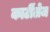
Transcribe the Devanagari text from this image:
कार्टीलेज